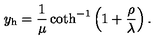
y _ { \mathrm { h } } = { \frac { 1 } { \mu } } \coth ^ { - 1 } \left( 1 + { \frac { \rho } { \lambda } } \right) .